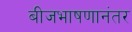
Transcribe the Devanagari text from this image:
बीजभाषणानंतर